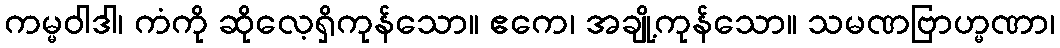
ကမ္မဝါဒါ၊ ကံကို ဆိုလေ့ရှိကုန်သော။ ဧကေ၊ အချို့ကုန်သော။ သမဏဗြာဟ္မဏာ၊